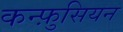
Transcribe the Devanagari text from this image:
कन्फ़ुसियन